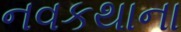
નવકથાના